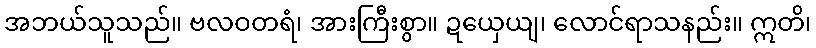
အဘယ်သူသည်။ ဗလဝတရံ၊ အားကြီးစွာ။ ဍယှေယျ၊ လောင်ရာသနည်း။ ဣတိ၊